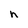
Character: h